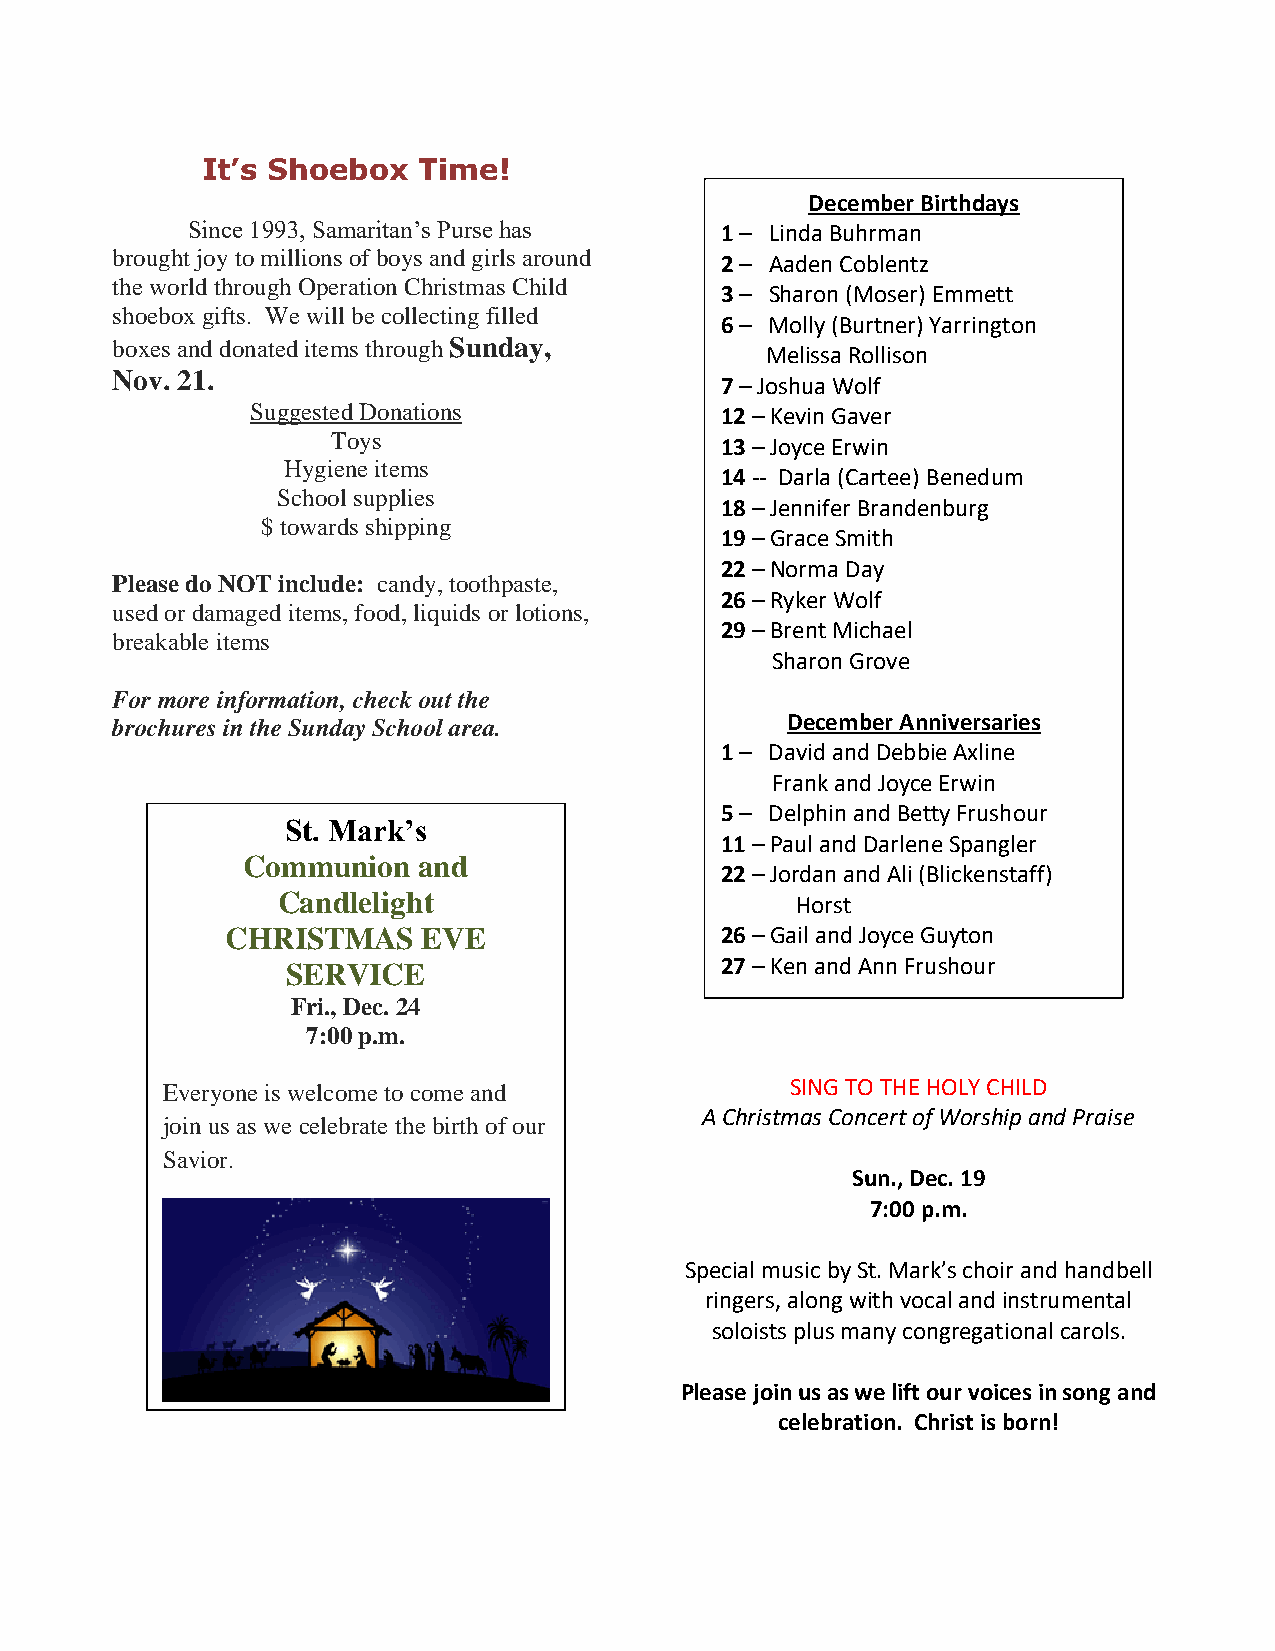
It’s Shoebox   Time!
 December Birthdays
 Since 1993, Samaritan’s Purse has   1 – Linda Buhrman
 brought joy to millions of boys and girls around 2 – Aaden Coblentz
 the world through Operation Christmas Child
 3 – Sharon (Moser) Emmett
 shoebox gifts. We will be collecting filled
 6 – Molly (Burtner) Yarrington
 boxes and donated items through Sunday,
 Melissa Rollison
 Nov. 21.
 7 – Joshua Wolf
 Suggested Donations            12 – Kevin Gaver
 Toys
 13 – Joyce Erwin
 Hygiene items
 14 -- Darla (Cartee) Benedum
 School supplies
 18 – Jennifer Brandenburg
 $ towards shipping
 19 – Grace Smith
 22 – Norma Day
 Please do NOT include: candy, toothpaste,
 26 – Ryker Wolf
 used or damaged items, food, liquids or lotions,
 29 – Brent Michael
 breakable items
 Sharon Grove
 For more information, check out the
 brochures in the Sunday School area.         December Anniversaries
 1 – David and Debbie Axline
 Frank and Joyce Erwin
 5 – Delphin and Betty Frushour
 St. Mark’s
 11 – Paul and Darlene Spangler
 Communion   and
 22 – Jordan and Ali (Blickenstaff)
 Candlelight                        Horst
 CHRISTMAS    EVE                 26 – Gail and Joyce Guyton
 SERVICE                      27 – Ken and Ann Frushour
 Fri., Dec. 24
 7:00 p.m.
 Everyone is welcome to come and          SING TO THE HOLY CHILD
 A Christmas Concert of Worship and Praise
 join us as we celebrate the birth of our
 Savior.
 Sun., Dec. 19
 7:00 p.m.
 Special music by St. Mark’s choir and handbell
 ringers, along with vocal and instrumental
 soloists plus many congregational carols.
 Please join us as we lift our voices in song and
 celebration. Christ is born!